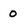
Character: 0